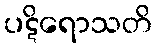
ပဋိရောသတိ